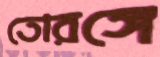
তোরঙ্গে